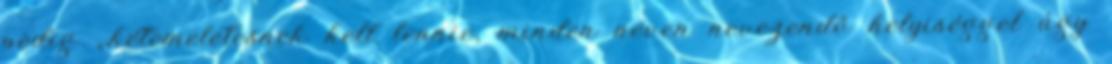
pedig „.kétemeletesnek kell lennie, minden néven nevezendő helyiséggel úgy